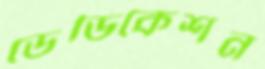
ডেডিকেশন